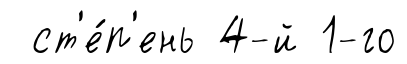
ст'е́п'ень 4-й 1-го